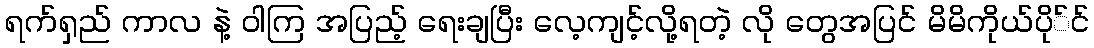
ရက်ရှည် ကာလ နဲ့ ဝါကြ အပြည့် ရေးချပြီး လေ့ကျင့်လို့ရတဲ့ လို တွေအပြင် မိမိကိုယ်ပို်င်